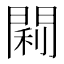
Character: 𫔣